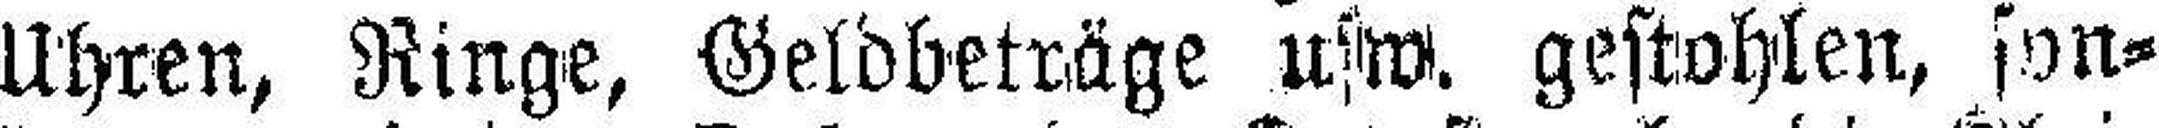
Uhren, Ringe, Geldbeträge usw. gestohlen, son¬